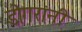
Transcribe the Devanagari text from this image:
डोगरांनी